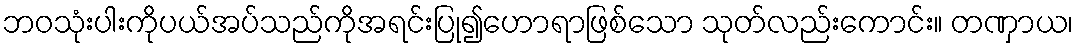
ဘဝသုံးပါးကိုပယ်အပ်သည်ကိုအရင်းပြု၍ဟောရာဖြစ်သော သုတ်လည်းကောင်း။ တဏှာယ၊